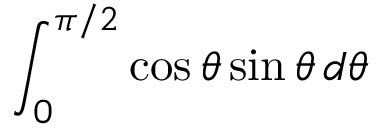
\int _ { 0 } ^ { \pi / 2 } \cos \theta \sin \theta \, d \theta